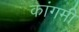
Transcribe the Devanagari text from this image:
कांगमी